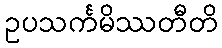
ဥပသင်္ကမိဿတီတိ